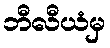
ဘီလီယံမှ